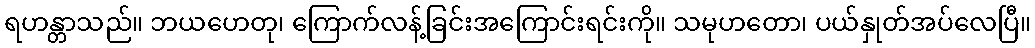
ရဟန္တာသည်။ ဘယဟေတု၊ ကြောက်လန့်ခြင်းအကြောင်းရင်းကို။ သမုဟတော၊ ပယ်နှုတ်အပ်လေပြီ။